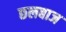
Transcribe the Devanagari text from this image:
छलबाज